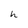
Character: h